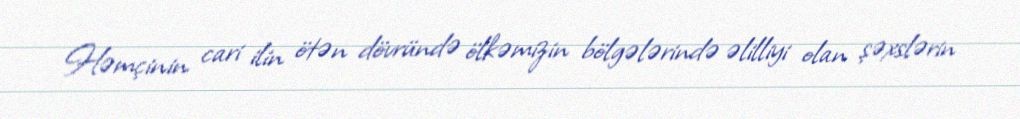
Həmçinin cari ilin ötən dövründə ölkəmizin bölgələrində əlilliyi olan şəxslərin